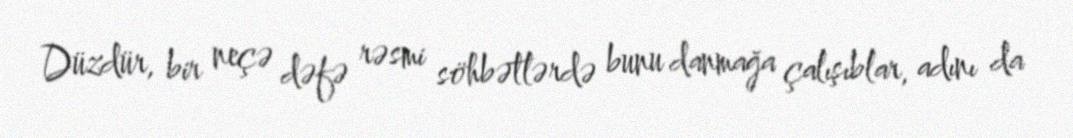
Düzdür, bir neçə dəfə rəsmi söhbətlərdə bunu danmağa çalışıblar, adını da